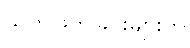
သတ်ဖြတ်ခြင်းများကို